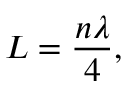
L = { \frac { n \lambda } { 4 } } ,